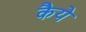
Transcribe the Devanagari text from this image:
कैये